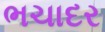
ભચાદર